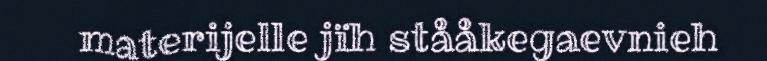
materijelle jïh stååkegaevnieh